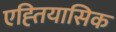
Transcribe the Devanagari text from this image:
एह्तियासिक